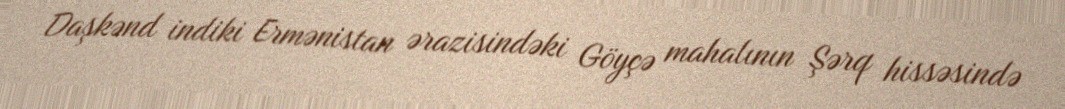
Daşkənd indiki Ermənistan ərazisindəki Göyçə mahalının Şərq hissəsində